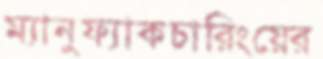
ম্যানুফ্যাকচারিংয়ের